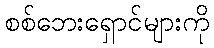
စစ်ဘေးရှောင်များကို